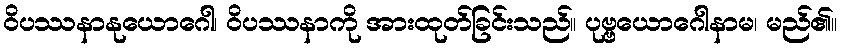
ဝိပဿနာနုယောဂေါ၊ ဝိပဿနာကို အားထုတ်ခြင်းသည်။ ပုဗ္ဗယောဂေါနာမ၊ မည်၏။